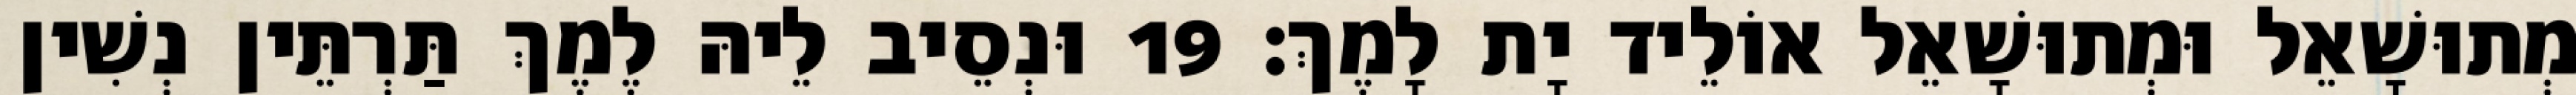
מְתוּשָׁאֵל וּמְתוּשָׁאֵל אוֹלֵיד יָת לָמֶךְ׃ 19 וּנְסֵיב לֵיהּ לֶמֶךְ תַּרְתֵּין נְשִׁין